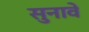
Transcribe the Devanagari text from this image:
सुनावे